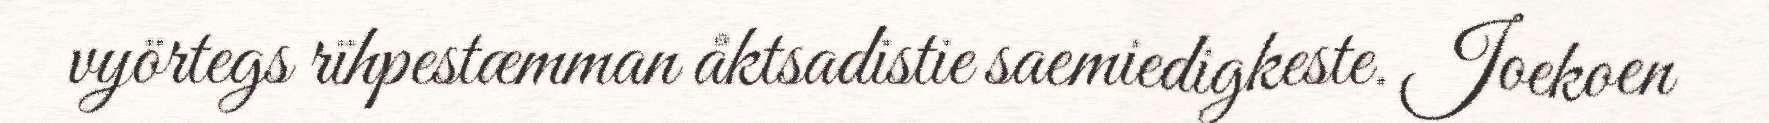
vyörtegs rïhpestæmman åktsadistie saemiedigkeste. Joekoen